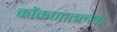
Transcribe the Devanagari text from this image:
कोंकणातल्या